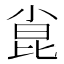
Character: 𫴾